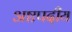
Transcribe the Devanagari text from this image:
अष्टपदीय